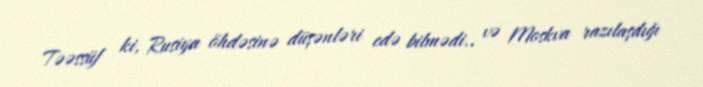
Təəssüf ki, Rusiya öhdəsinə düşənləri edə bilmədi.. və Moskva razılaşdığı